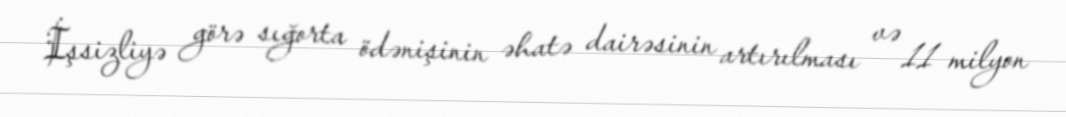
İşsizliyə görə sığorta ödənişinin əhatə dairəsinin artırılması və 11 milyon